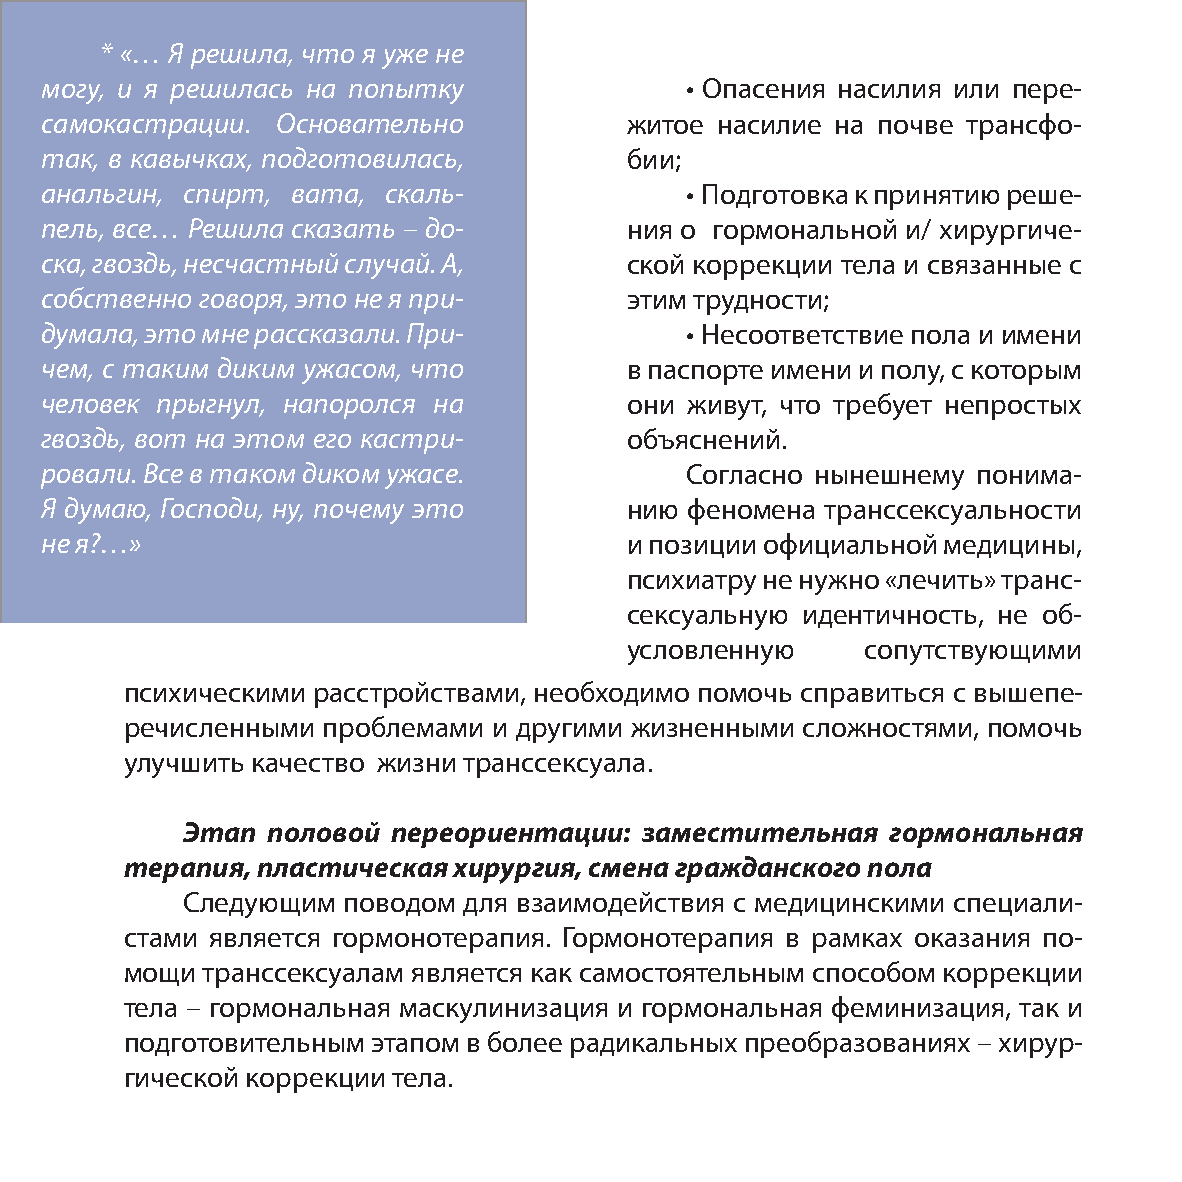
* «… Я решила, что я уже не
 могу, и я решилась на попытку             • Опасения насилия или пере-
 самокастрации. Основательно           житое насилие на почве трансфо-
 так, в кавычках, подготовилась,       бии;
 анальгин, спирт, вата, скаль-             • Подготовка к принятию реше-
 пель, все… Решила сказать – до-       ния о гормональной и/ хирургиче-
 ска, гвоздь, несчастный случай. А,    ской коррекции тела и связанные с
 собственно говоря, это не я при-      этим трудности;
 думала, это мне рассказали. При-          • Несоответствие пола и имени
 чем, с таким диким ужасом, что        в паспорте имени и полу, с которым
 человек прыгнул, напоролся на         они живут, что требует непростых
 гвоздь, вот на этом его кастри-       объяснений.
 ровали. Все в таком диком ужасе.          Согласно нынешнему  понима-
 Я думаю, Господи, ну, почему это      нию  феномена транссексуальности
 не я?…»                               и позиции официальной медицины,
 психиатру не нужно «лечить» транс-
 сексуальную идентичность, не об-
 условленную     сопутствующими
 психическими расстройствами, необходимо помочь справиться с вышепе-
 речисленными проблемами  и другими жизненными сложностями, помочь
 улучшить качество жизни транссексуала.
 Этап  половой переориентации: заместительная   гормональная
 терапия, пластическая хирургия, смена гражданского пола
 Следующим  поводом для взаимодействия с медицинскими специали-
 стами является гормонотерапия. Гормонотерапия в рамках оказания по-
 мощи транссексуалам является как самостоятельным способом коррекции
 тела – гормональная маскулинизация и гормональная феминизация, так и
 подготовительным этапом в более радикальных преобразованиях – хирур-
 гической коррекции тела.